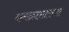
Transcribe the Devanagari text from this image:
कमळासारखा